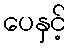
ပေနှင့်